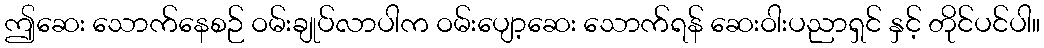
ဤဆေး သောက်နေစဉ် ဝမ်းချုပ်လာပါက ဝမ်းပျော့ဆေး သောက်ရန် ဆေးဝါးပညာရှင် နှင့် တိုင်ပင်ပါ။